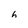
Character: h